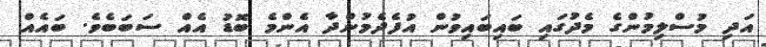
އަދި މުސްލިމުންގެ މެދުގައި ބައިބައިވުން އުފެދެމުންދާ އެންމެ ބޮޑު އެއް ސަބަބެވެ. ބައެއް